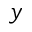
y